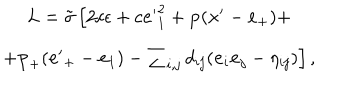
\begin{array} { c } { { L = { \tilde { \sigma } } \left[ 2 c \epsilon + c { \bf e ^ { \prime } } _ { 1 } ^ { 2 } + { \bf p } ( { \bf x ^ { \prime } } - { \bf e } _ { + } ) + \right. } } \\ { { \left. + { \bf p } _ { + } ( { \bf e ^ { \prime } } _ { + } - { \bf e } _ { 1 } ) - \sum _ { i , j } d _ { i j } ( { \bf e } _ { i } { \bf e } _ { j } - \eta _ { i j } ) \right] , } } \\ \end{array}